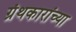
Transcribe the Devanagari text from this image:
ग्रंथकारांच्या